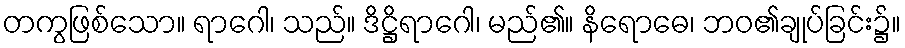
တကွဖြစ်သော။ ရာဂေါ၊ သည်။ ဒိဋ္ဌိရာဂေါ၊ မည်၏။ နိရောဓေ၊ ဘဝ၏ချုပ်ခြင်း၌။